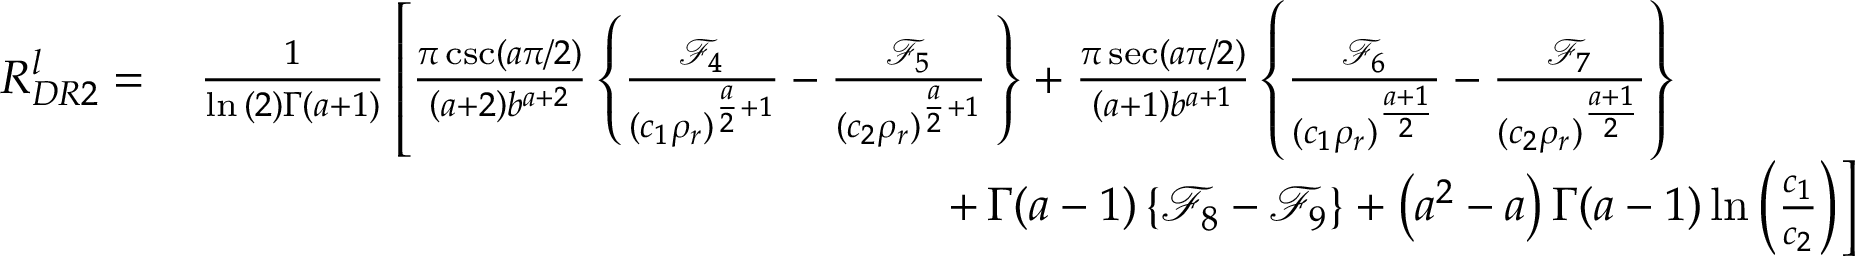
\begin{array} { r l } { R _ { D R 2 } ^ { l } = } & { \, \frac { 1 } { \ln { ( 2 ) } \Gamma ( a + 1 ) } \left[ \frac { \pi \, \mathrm { c s c } \left( { a \pi } / { 2 } \right) } { \left( a + 2 \right) b ^ { a + 2 } } \left\{ \frac { \mathcal { F } _ { 4 } } { ( c _ { 1 } \rho _ { r } ) ^ { \frac { a } { 2 } + 1 } } - \frac { \mathcal { F } _ { 5 } } { ( c _ { 2 } \rho _ { r } ) ^ { \frac { a } { 2 } + 1 } } \, \right\} + \frac { \pi \, \mathrm { s e c } \left( { { a \pi } / { 2 } } \right) } { \left( a + 1 \right) b ^ { a + 1 } } \left\{ \frac { \mathcal { F } _ { 6 } } { ( c _ { 1 } \rho _ { r } ) ^ { \frac { a + 1 } { 2 } } } - \frac { \mathcal { F } _ { 7 } } { ( c _ { 2 } \rho _ { r } ) ^ { \frac { a + 1 } { 2 } } } \right\} \right. } \\ & { \left. \qquad \qquad \qquad \qquad \qquad \qquad \qquad \qquad + \, \Gamma ( a - 1 ) \left\{ \mathcal { F } _ { 8 } - \mathcal { F } _ { 9 } \right\} + \left( a ^ { 2 } - a \right) \Gamma ( a - 1 ) \ln \left( \frac { c _ { 1 } } { c _ { 2 } } \right) \right] } \end{array}